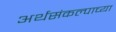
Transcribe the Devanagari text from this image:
अर्थसंकल्पाच्या